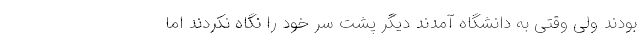
بودند ولی وقتی به دانشگاه آمدند دیگر پشت سر خود را نگاه نکردند اما